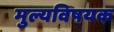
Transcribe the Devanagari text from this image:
मुल्यविषयक